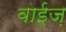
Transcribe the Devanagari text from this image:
वाईज़